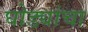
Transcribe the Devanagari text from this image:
घोड्यांचा